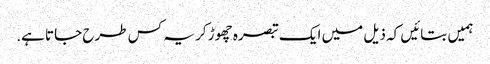
ہمیں بتائیں کہ ذیل میں ایک تبصرہ چھوڑ کر یہ کس طرح جاتا ہے.